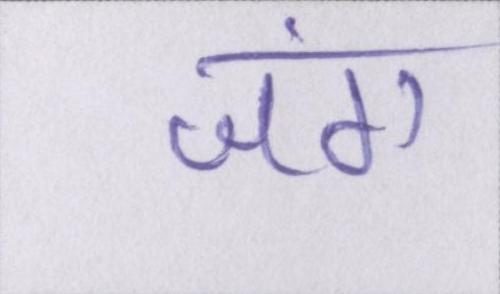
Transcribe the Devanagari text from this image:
जंग